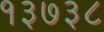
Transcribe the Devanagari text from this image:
१३७३८